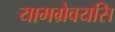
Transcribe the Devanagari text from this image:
यामग्रेवयसि